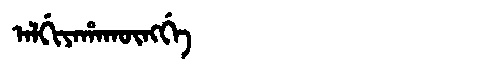
Manchu: ᠠᠯᡤᡳᠶᠠᡥᠠᡴᡡᠩᡤᡝ
Romanization: ALGIYAHAKŪNGGE